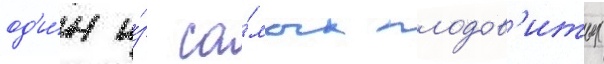
од'и́н и́з са́мых плодов'итых